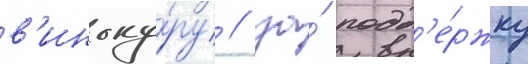
в'иноку́ру / за́ подд'е́ржку